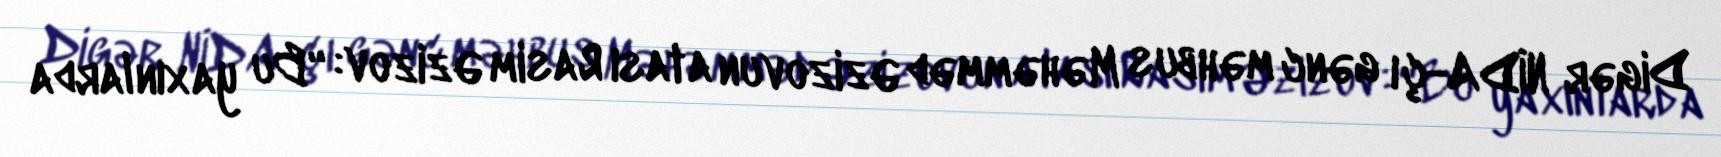
Digər NİDA-çı gənc məhbus Məhəmməd Əzizovun atası Rasim Əzizov: “Bu yaxınlarda